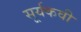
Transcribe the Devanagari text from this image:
सूर्यकवी